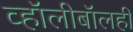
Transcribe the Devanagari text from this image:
व्हॉलीबॉलही